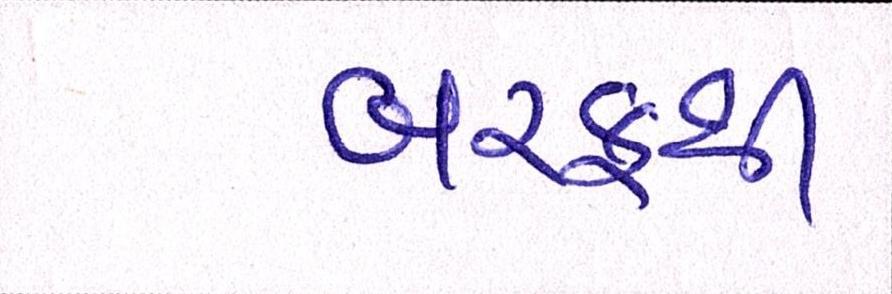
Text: બરફથી